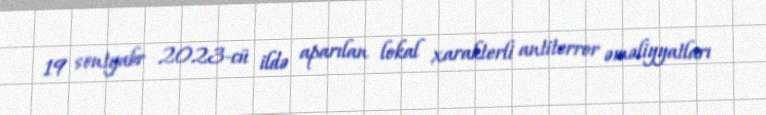
19 sentyabr 2023-cü ildə aparılan lokal xarakterli antiterror əməliyyatları